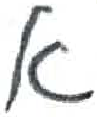
אות: א